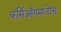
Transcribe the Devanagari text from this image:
कर्सिआँगमध्येच